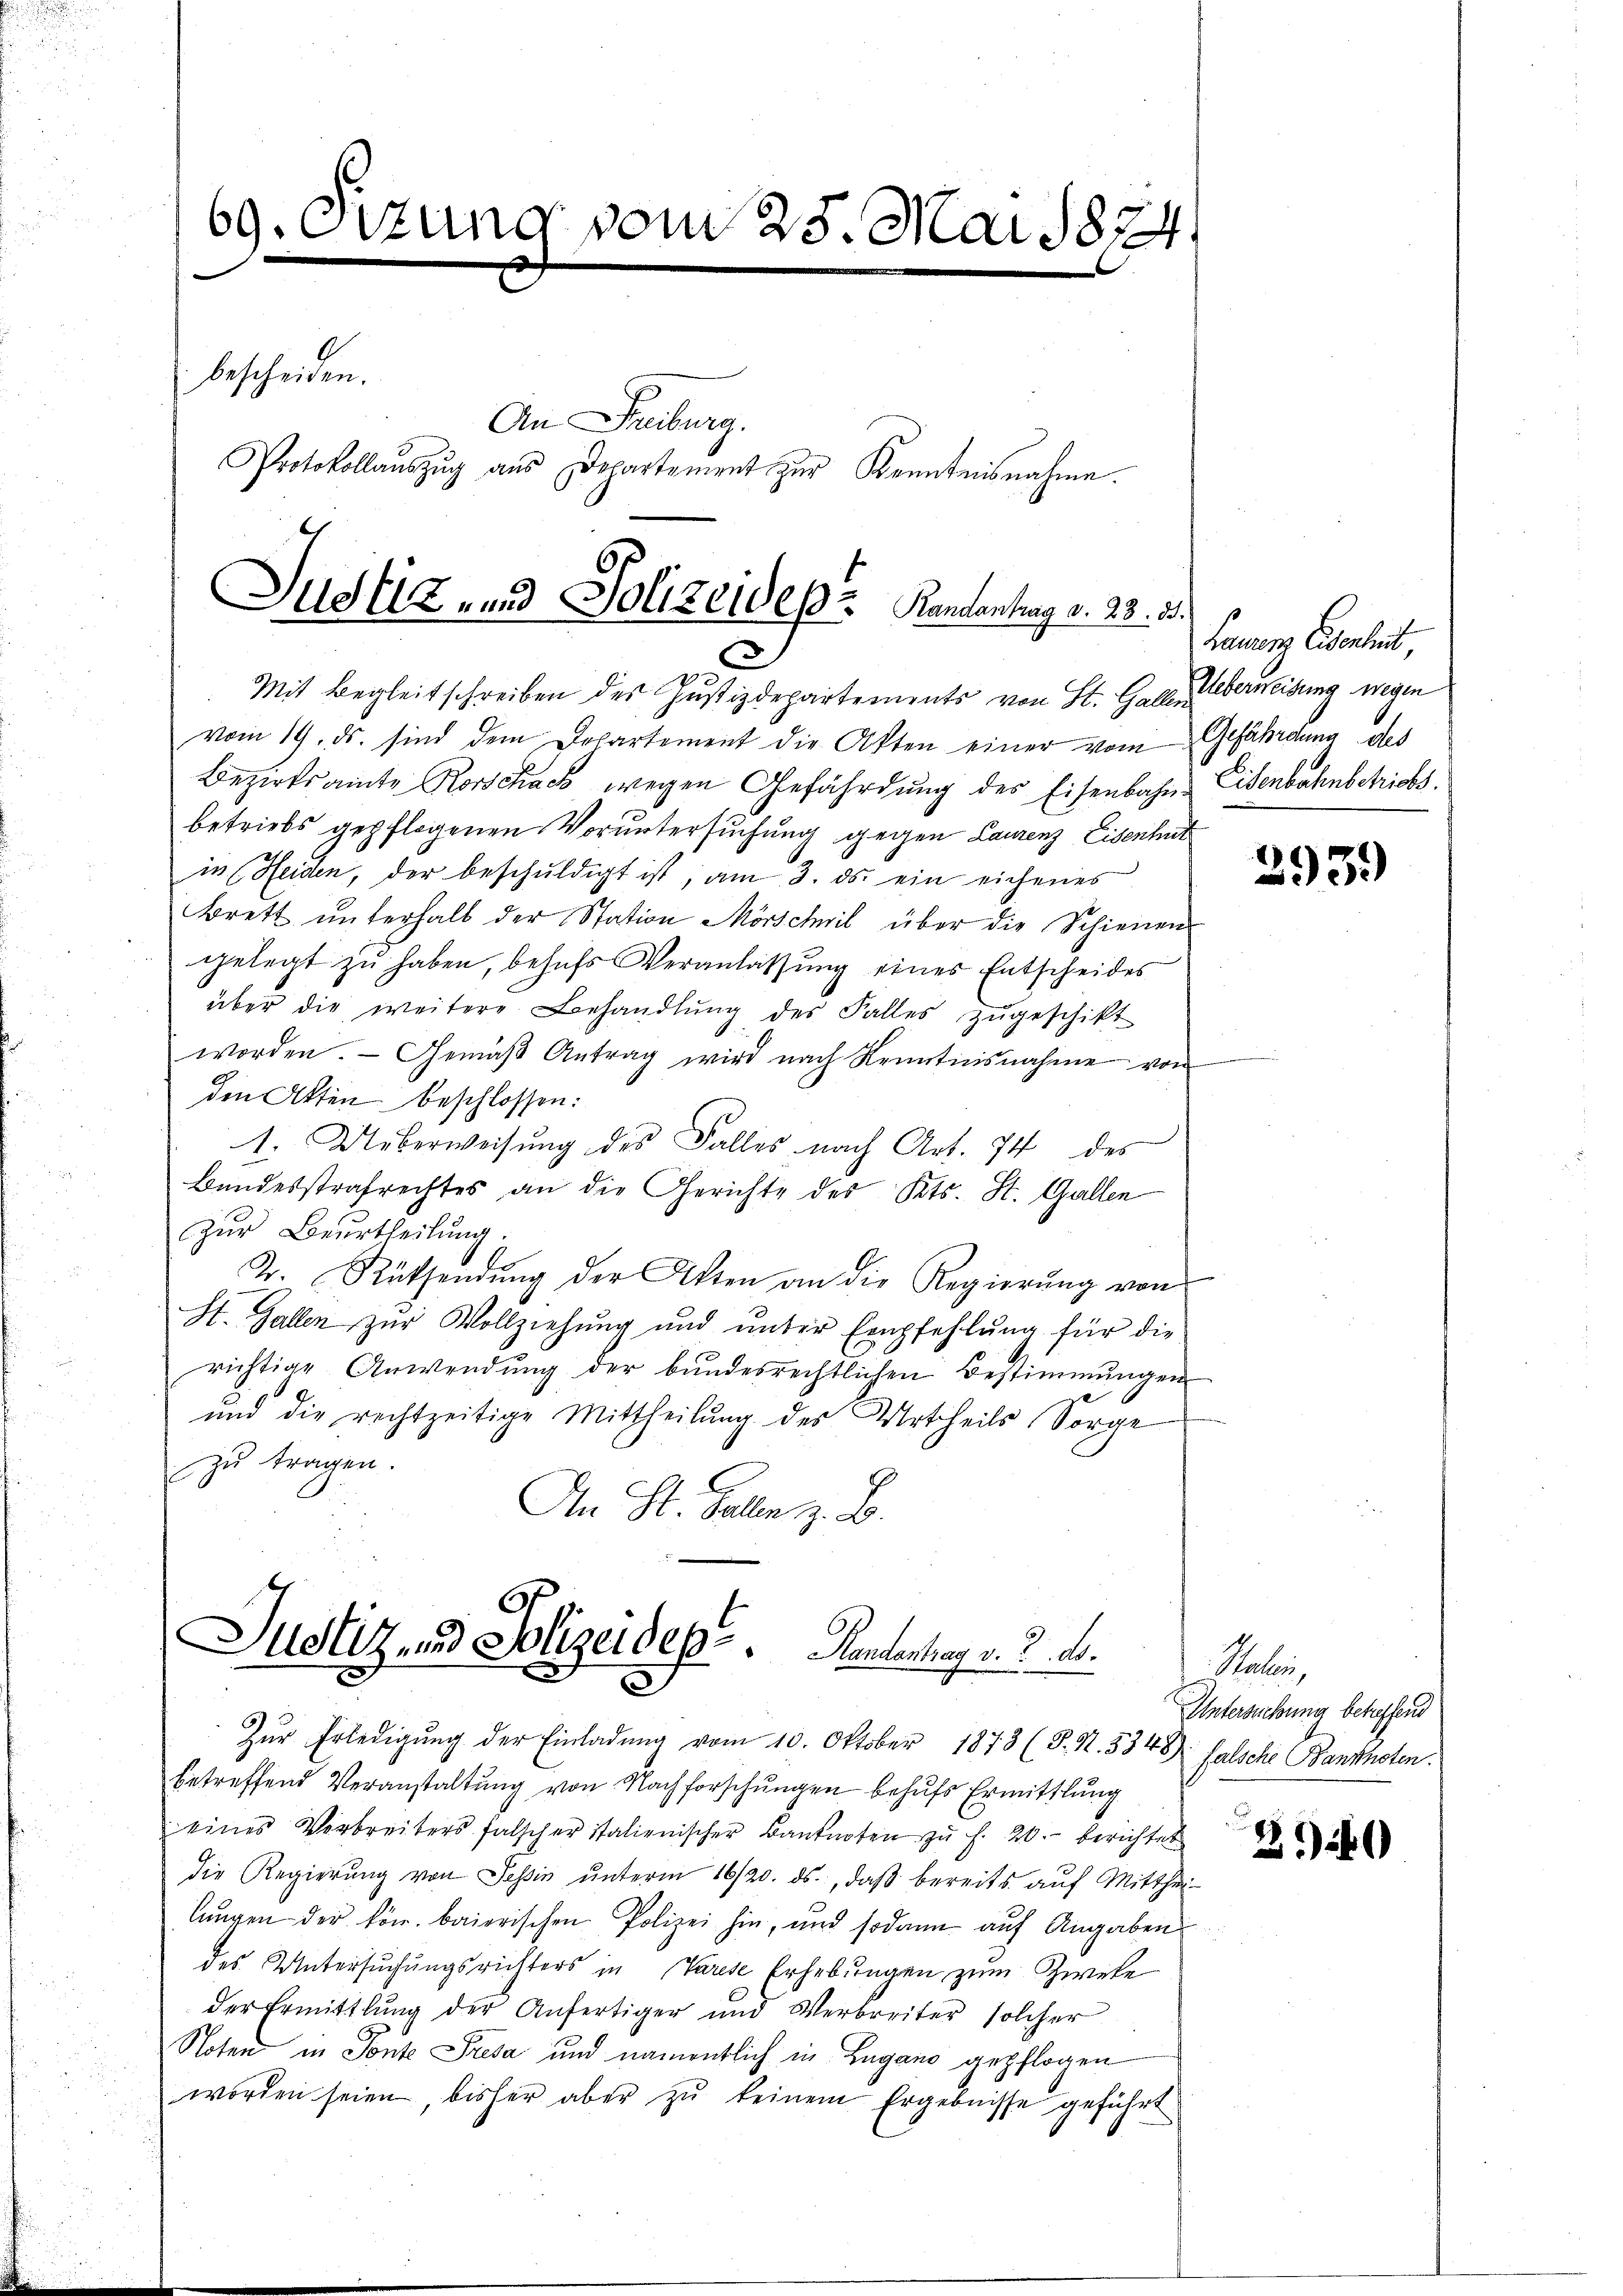
69. Otzung vom 25. Mai 1824
bescheiden.
An Freiburg.
Protokollaŭszŭg aŭs Departement zŭr Kenntnisnahme.

Justiz- und Polizeides Handentrag d. 23. 35.

7
Mit Begleitschreiben des Justizdepartements von St. Galler
vom 19. ds. sind dem Departement die Akten einer vom Gefährdung des
Bezirksamte Rorschach wegen Gefährdung des Eisenbahn Eisenbahnbetriebs
betriebs gepflogenen Voruntersuchung gegen Laurenz Eisenheit
in (Heiden, der beschŭldigt ist, am 3. ds. ein eichenes
Brett ŭnterhalb der Station Mörschwil über die Schienen
gelegt zu haben, behufs Veranlassung eines Entscheides
über die weitere Behandlŭng des Falles zŭgeschikt
worden. Gemäß Antrag wird nach Kenntnisnahme von
den Akten beschlossen:
1. Ueberweisŭng des Falles nach Art. 74 des
Bundesstrafrechtes an die Gerichte des Kts. St. Gallen
zur Beurtheilung.
T. Rücksendung der Akten an die Regierung von
St. Gallen zŭr Vollziehŭng ŭnd ŭnter Empfehlŭng für die
richtige Anwendung der bundesrechtlichen Bestimmungen
und die rechtzeitige Mittheilung des Urtheils Sorge
zu tragen.
An St. Galle z. B.

Justiz- und Polizeider.  ..  Handestrag v. 3. ds.

Zŭr Erledigŭng der Einladŭng vom 10. Oktober 1873 (S. N. 5348) falsche Banknoten.
betreffend Veranstaltung von Nachforschungen behufs Ermittlung
eines Verbreiters falscher italienischer Banknoten zu f. 20. berichtet
die Regierŭng von Tessin ŭnterm 16/20. ds., daβ bereits aŭf Mitthei
langen der kön. baierischen Polizei hin, und sodann aŭf Angaben
des Untersuchungsrichters in Varese Erhebŭngen zum Zweke
der Ermittlung der Anfertiger und Verbreiter solcher
Noten in Fonte Presa und namentlich in Lugano gepflogen
worden seien, bisher aber zŭ keinem Ergebnisse geführt

Laurenz Eisenheit,
Ueberweisung wegen

293)

Paler,
Untersuchung betreffend

20